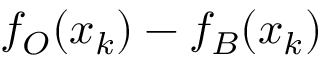
f _ { O } ( \boldsymbol { x } _ { k } ) - f _ { B } ( \boldsymbol { x } _ { k } )